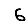
Digit: 6